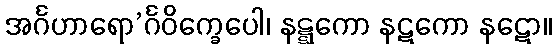
အင်္ဂဟာရော’င်္ဂဝိက္ခေပေါ၊ နဋ္ဋကော နဋကော နဋော။